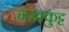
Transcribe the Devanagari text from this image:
नखकुट्ट